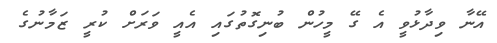
އޭނާ ވިދާޅުވީ އެ ގޭ މީހުން ބުނިގޮތުގައި އެއީ ވަރަށް ކުރީ ޒަމާނުގެ